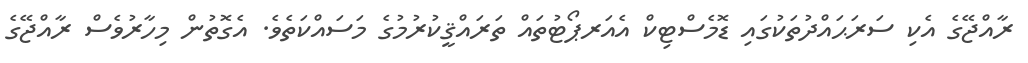
ރާއްޖޭގެ އެކި ސަރަޙައްދުތަކުގައި ޑޮމެސްޓިކް އެއަރޕޯޓުތައް ތަރައްޤީކުރުމުގެ މަސައްކަތެވެ. އެގޮތުން މިހާރުވެސް ރާއްޖޭގެ